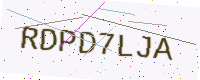
Text: RDPD7LJA